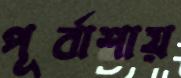
পূর্বাশায়